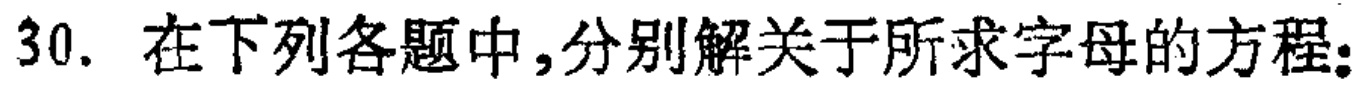
30. 在下列各题中,分别解关于所求字母的方程：